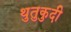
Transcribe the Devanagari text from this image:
थुतुकुदी